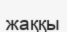
жаққы